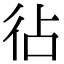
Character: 𢓕